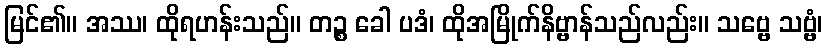
မြင်၏။ အဿ၊ ထိုရဟန်းသည်။ တဉ္စ ခေါ ပဒံ၊ ထိုအမြိုက်နိဗ္ဗာန်သည်လည်း။ သဗ္ဗေ သဗ္ဗံ၊